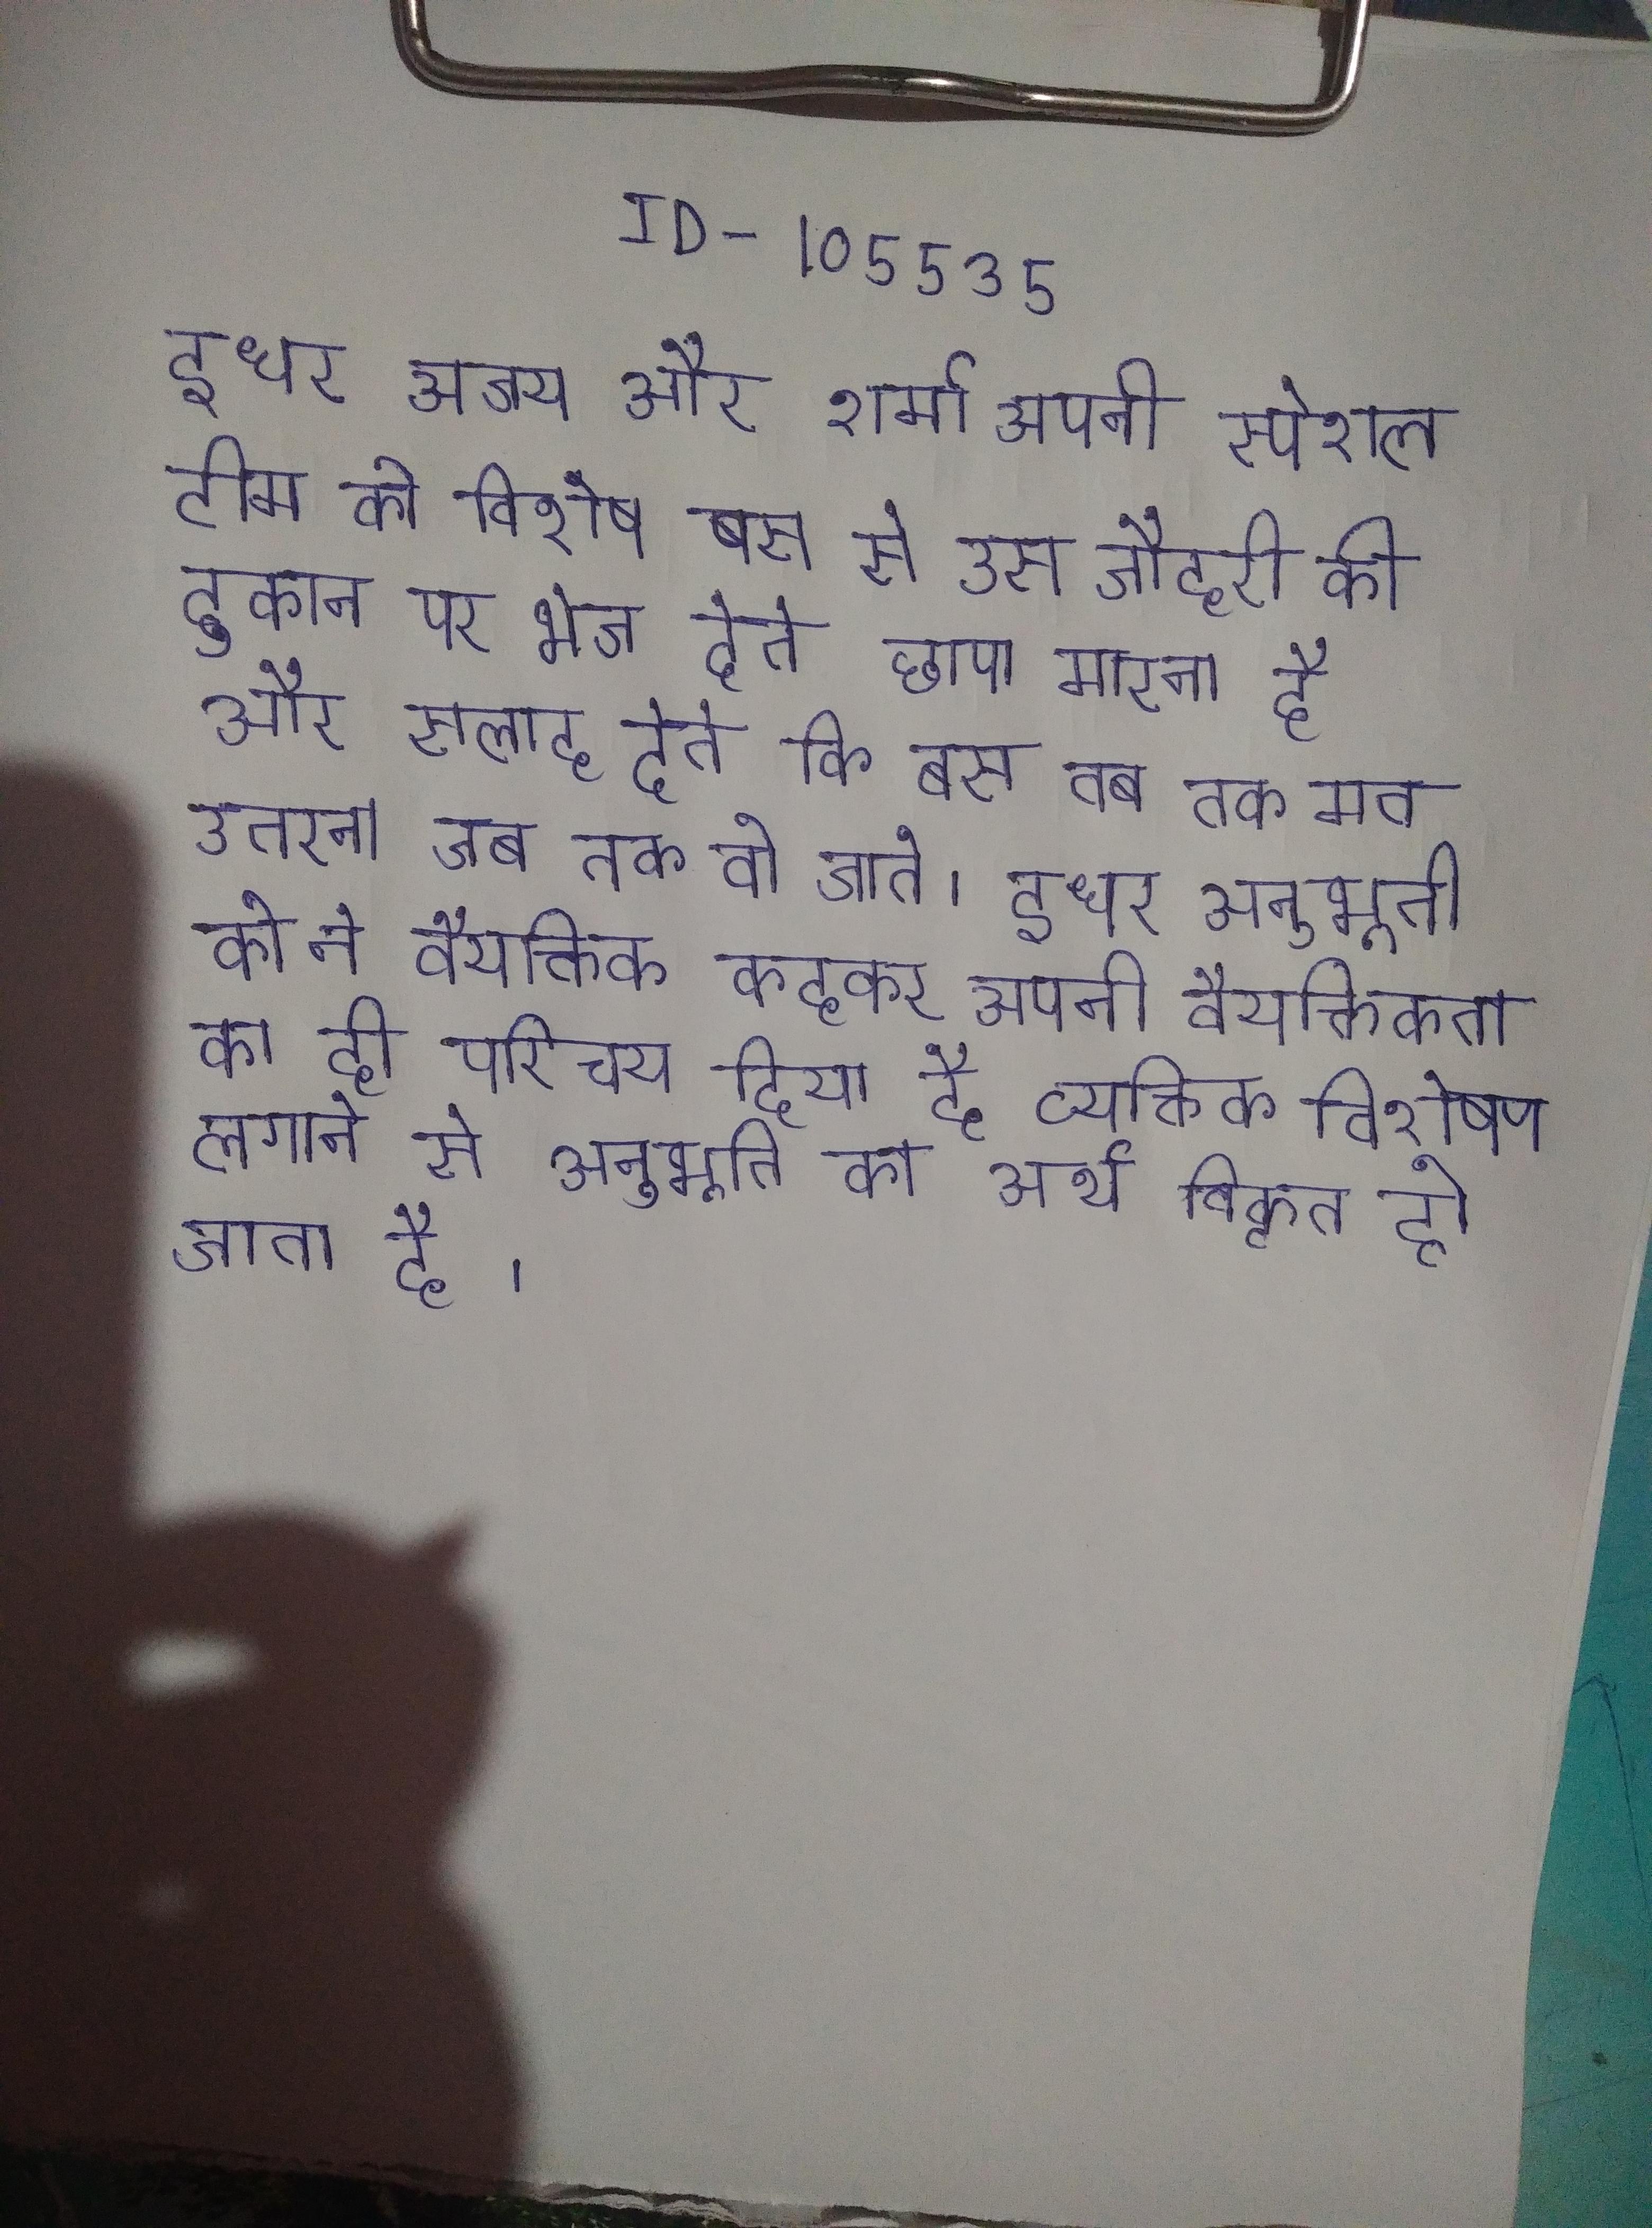
इधर अजय और शर्मा अपनी स्पेशल टीम को विशेष बस से उस जौहरी की दुकान पर भेज देते छापा मारना है और सलाह देते कि बस से तब तक मत उतरना जब तक वो जाते । इधर अनुभूति को ने वैयक्तिक कहकर अपनी वैयक्तिकता का ही परिचय दिया है व्यक्तिक विशेषण लगाने से अनुभूति का अर्थ विकृत हो जाता है ।